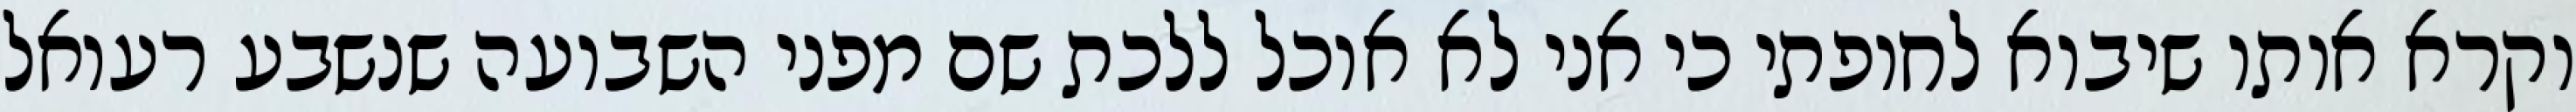
וקרא אותו שיבוא לחופתי כי אני לא אוכל ללכת שם מפני השבועה שנשבע רעואל